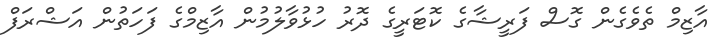
އާޒިމް ތެވެގެން ގޮސް ފަރީޝާގެ ކޮޓަރީގެ ދޮރު ހުޅުވާލުމުން އާޒިމްގެ ފަހަތުން އަޝްރަފް